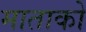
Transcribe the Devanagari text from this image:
माताको